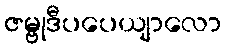
ဇမ္ဗုဒီပပေယျာလော